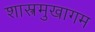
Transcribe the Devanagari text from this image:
शास्त्रमुखागम